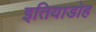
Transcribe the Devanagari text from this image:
इतियाडोह